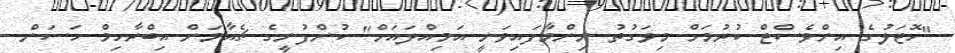
"ހޮޓަލުގެ އިންވެސްޓް ކުރުމަށް މިވަގުތު ނިންމާފައިވަނީ އަމިއްލައަށް" ކުންފުނީގެ ޗެއާމަން އިބްރާހިމް ހަސަން